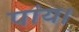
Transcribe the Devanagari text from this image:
पांय।